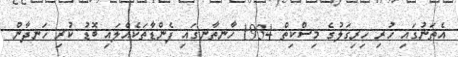
އެތަނުގައި ހުރި ހިރިގަލުގެ މިސްކިތް 1934 ހާނތާނގައި ފެންޑާތަކެއްލައި ބޮޑު ކުރި ހަނދާން